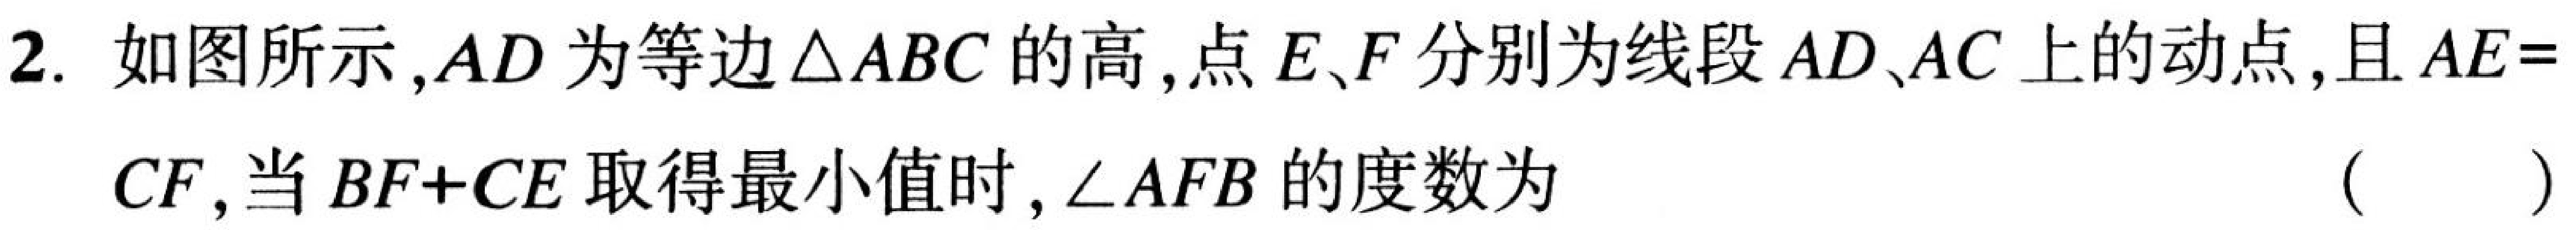
2. 如图所示,$AD$为等边$\triangle ABC$的高, 点$E、F$分别为线段$AD、AC$上的动点,且$AE = CF$,当$BF + CE$取得最小值时,$\angle AFB$的度数为 （  ）